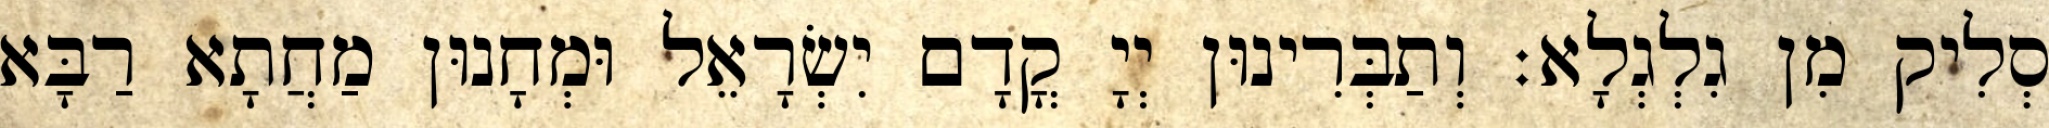
סְלִיק מִן גִלְגְלָא׃ וְתַבְּרִינוּן יְיָ קֳדָם יִשְׂרָאֵל וּמְחָנוּן מַחֲתָא רַבָּא